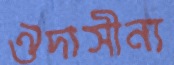
ঔদাসীন্য